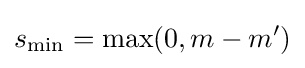
s_{\mathrm {min} }=\mathrm {max} (0,m-m')